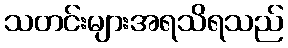
သတင်းများအရသိရသည်